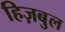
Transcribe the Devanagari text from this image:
हिज़बुल